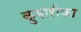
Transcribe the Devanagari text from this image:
कुमारीका